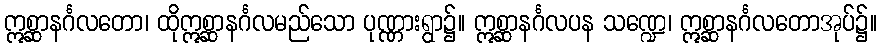
ဣစ္ဆာနင်္ဂလတော၊ ထိုဣစ္ဆာနင်္ဂလမည်သော ပုဏ္ဏားရွာ၌။ ဣစ္ဆာနင်္ဂလပန သဏ္ဍေ၊ ဣစ္ဆာနင်္ဂလတောအုပ်၌။